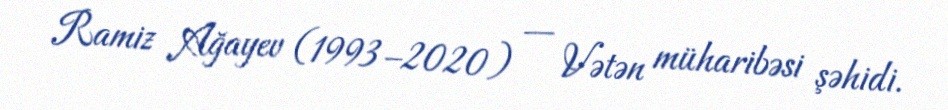
Ramiz Ağayev (1993–2020) — Vətən müharibəsi şəhidi.